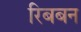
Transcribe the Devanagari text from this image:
रिबबन